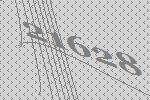
21628